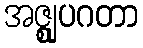
အဇ္ဈုပဂတာ